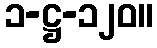
၁-ဋ္ဌ-၁၂၀။